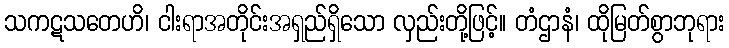
သကဋသတေဟိ၊ ငါးရာအတိုင်းအရှည်ရှိသော လှည်းတို့ဖြင့်။ တံဌာနံ၊ ထိုမြတ်စွာဘုရား